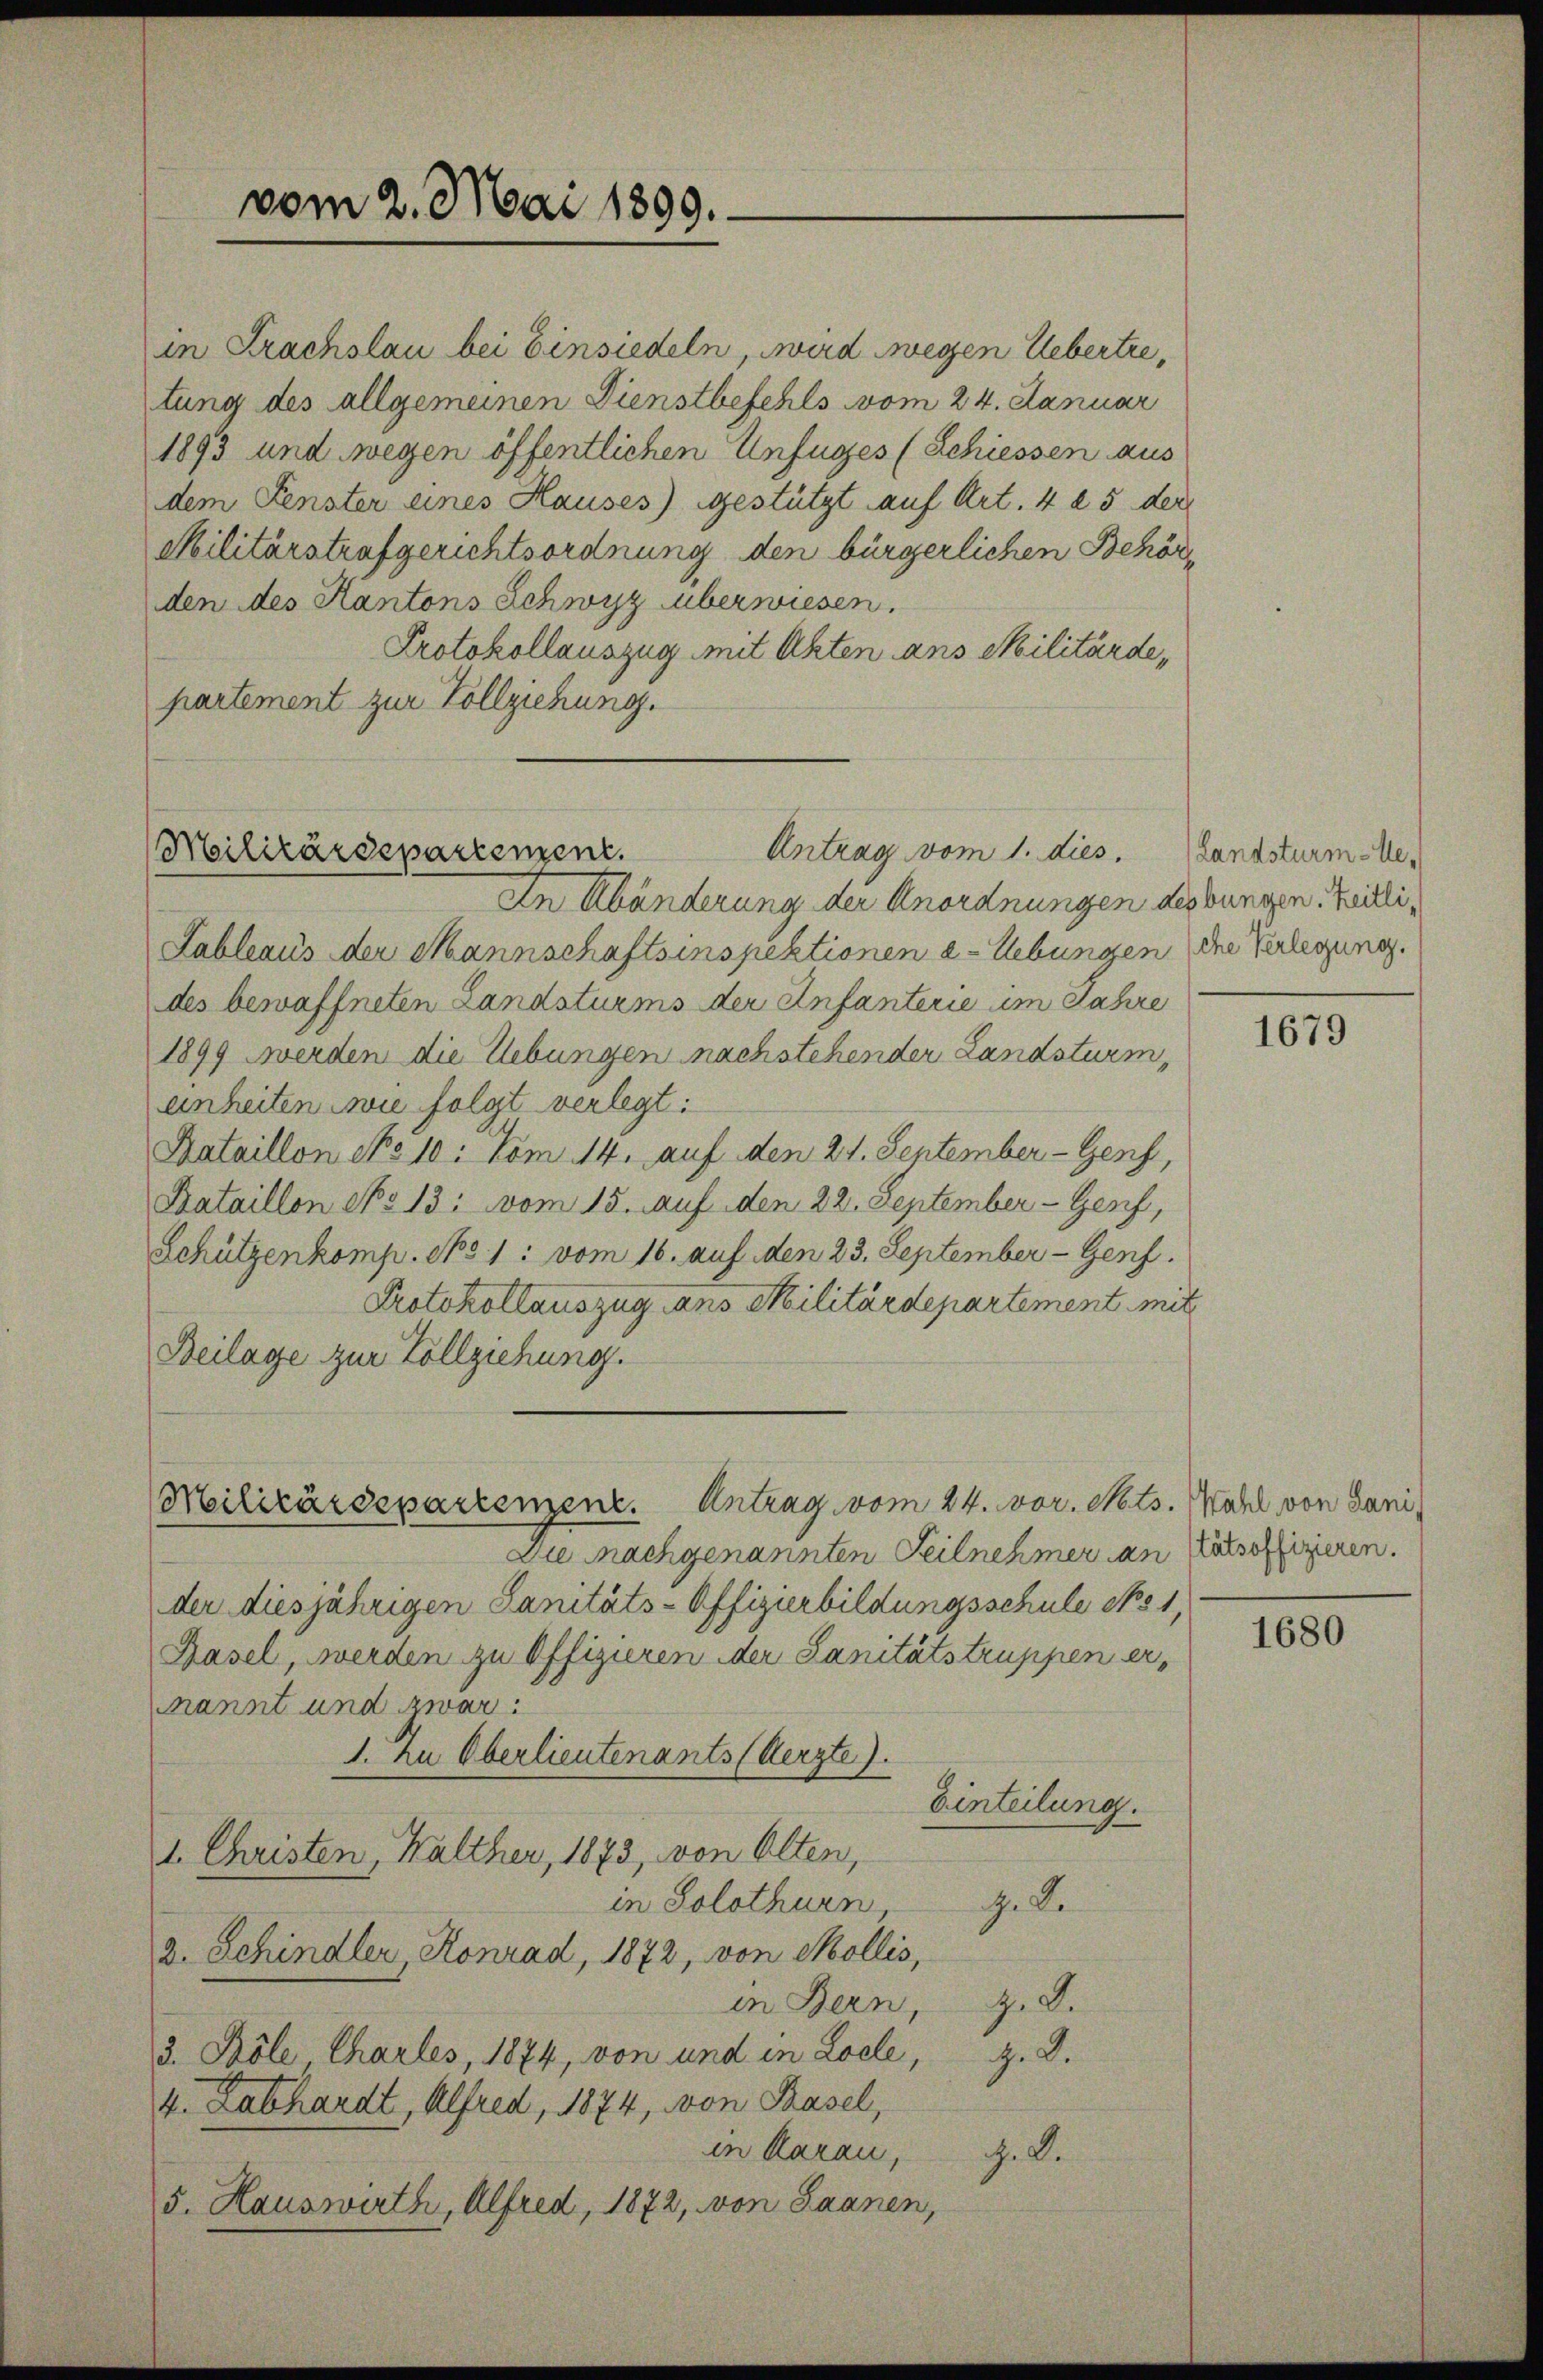
vom 2. Mai 1899.

Antrag vom 1. dies
Militärdepartement.

in Frachslau bei Einsiedeln, wird wegen Uebertretung des allgemeinen Dienstbefehls vom 24. Januar
1893 und wegen öffentlichen Unfuges (Schiessen aus
dem Fenster eines Hauses) gestützt auf Art. 4 § 5 der
Militärstrafgerichtsordnung den bürgerlichen Behörden des Kantons Schwyz überwiesen.
Protokollauszug mit Akten ans Militärde,
partement zur Vollziehung.

In Abänderung der Anordnungen des bungen. Zwilli¬
Lableaus der Mannschaftsinspektionen a-Uebungen die Verlegung.
des bewaffneten Landsturms der Anfanterie im Jahre
1899 werden die Uebungen nachstehender Landsturm,
enheiten wie folgt verlegt.
Bataillon No 10: Vom 14. auf den 21. September - Genf
Bataillon No 13: vom 15. Auf den 22. September - Genf,
Schützenkomp. No 1: vom 16. auf den 23. September - Genf.
Protokollauszug ans Militärdepartement mit
Beilage zur Vollziehung.

Militärdepartenzenz. Antrag vom 24. Nov. Mts. Wahl von Sani¬

Die nachgenannten Teilnehmer an Karlsoffizieren.
der diesjährigen Sanitäts-Offizierbildungsschule No 1,
Basel, werden zu Offizieren der Sanitätstruppen ernannt und zwar:
1. zu Oberlieutenants (Aerzte).
Einteilung.
1. Christen, Walther, 1873, von Olten,
in Solothurn
. S.
2. Schindler, Konrad, 1872, von Mollis,
in Bern, z. B.
3. Pöle, Charles, 1874, von und in Loele, z. B.
4. Labhardt, Alfred, 1874, von Basel,
in Aarau,
h. S.
5. Hauswirth, Alfred, 1872, von Saanen,

Landsturm-Re¬

1679

1680